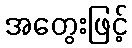
အတွေးဖြင့်